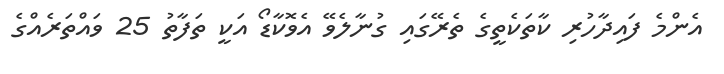
އެންމެ ފައިދާހުރި ކާތަކެތީގެ ތެރޭގައި ގުނާލެވޭ އެވޮކާޑޯ އަކީ ތަފާތު 25 ވައްތަރެއްގެ